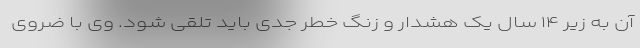
آن به زیر ۱۴ سال یک هشدار و زنگ خطر جدی‌ باید تلقی شود. وی با ضروی